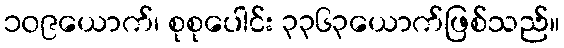
၁၀၉ယောက်၊ စုစုပေါင်း ၃၃၆၃ယောက်ဖြစ်သည်။